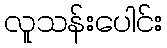
လူသန်းပေါင်း